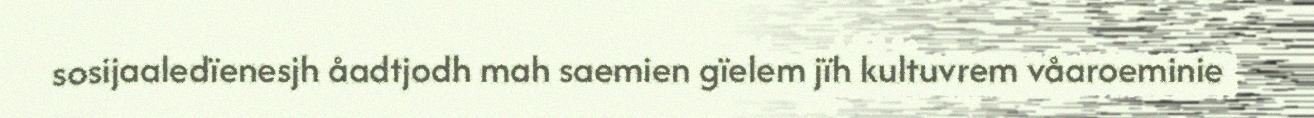
sosijaaledïenesjh åadtjodh mah saemien gïelem jïh kultuvrem våaroeminie